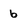
Character: 6